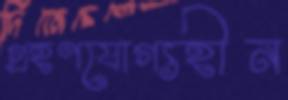
গ্রহণযোগ্যহীন